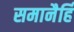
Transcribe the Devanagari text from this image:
समानैर्हि